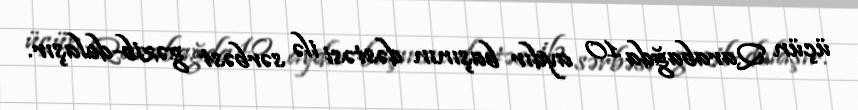
üçün Qarabağda 10 aydır başının dəstəsi ilə sərbəst gəzib-dolaşır.